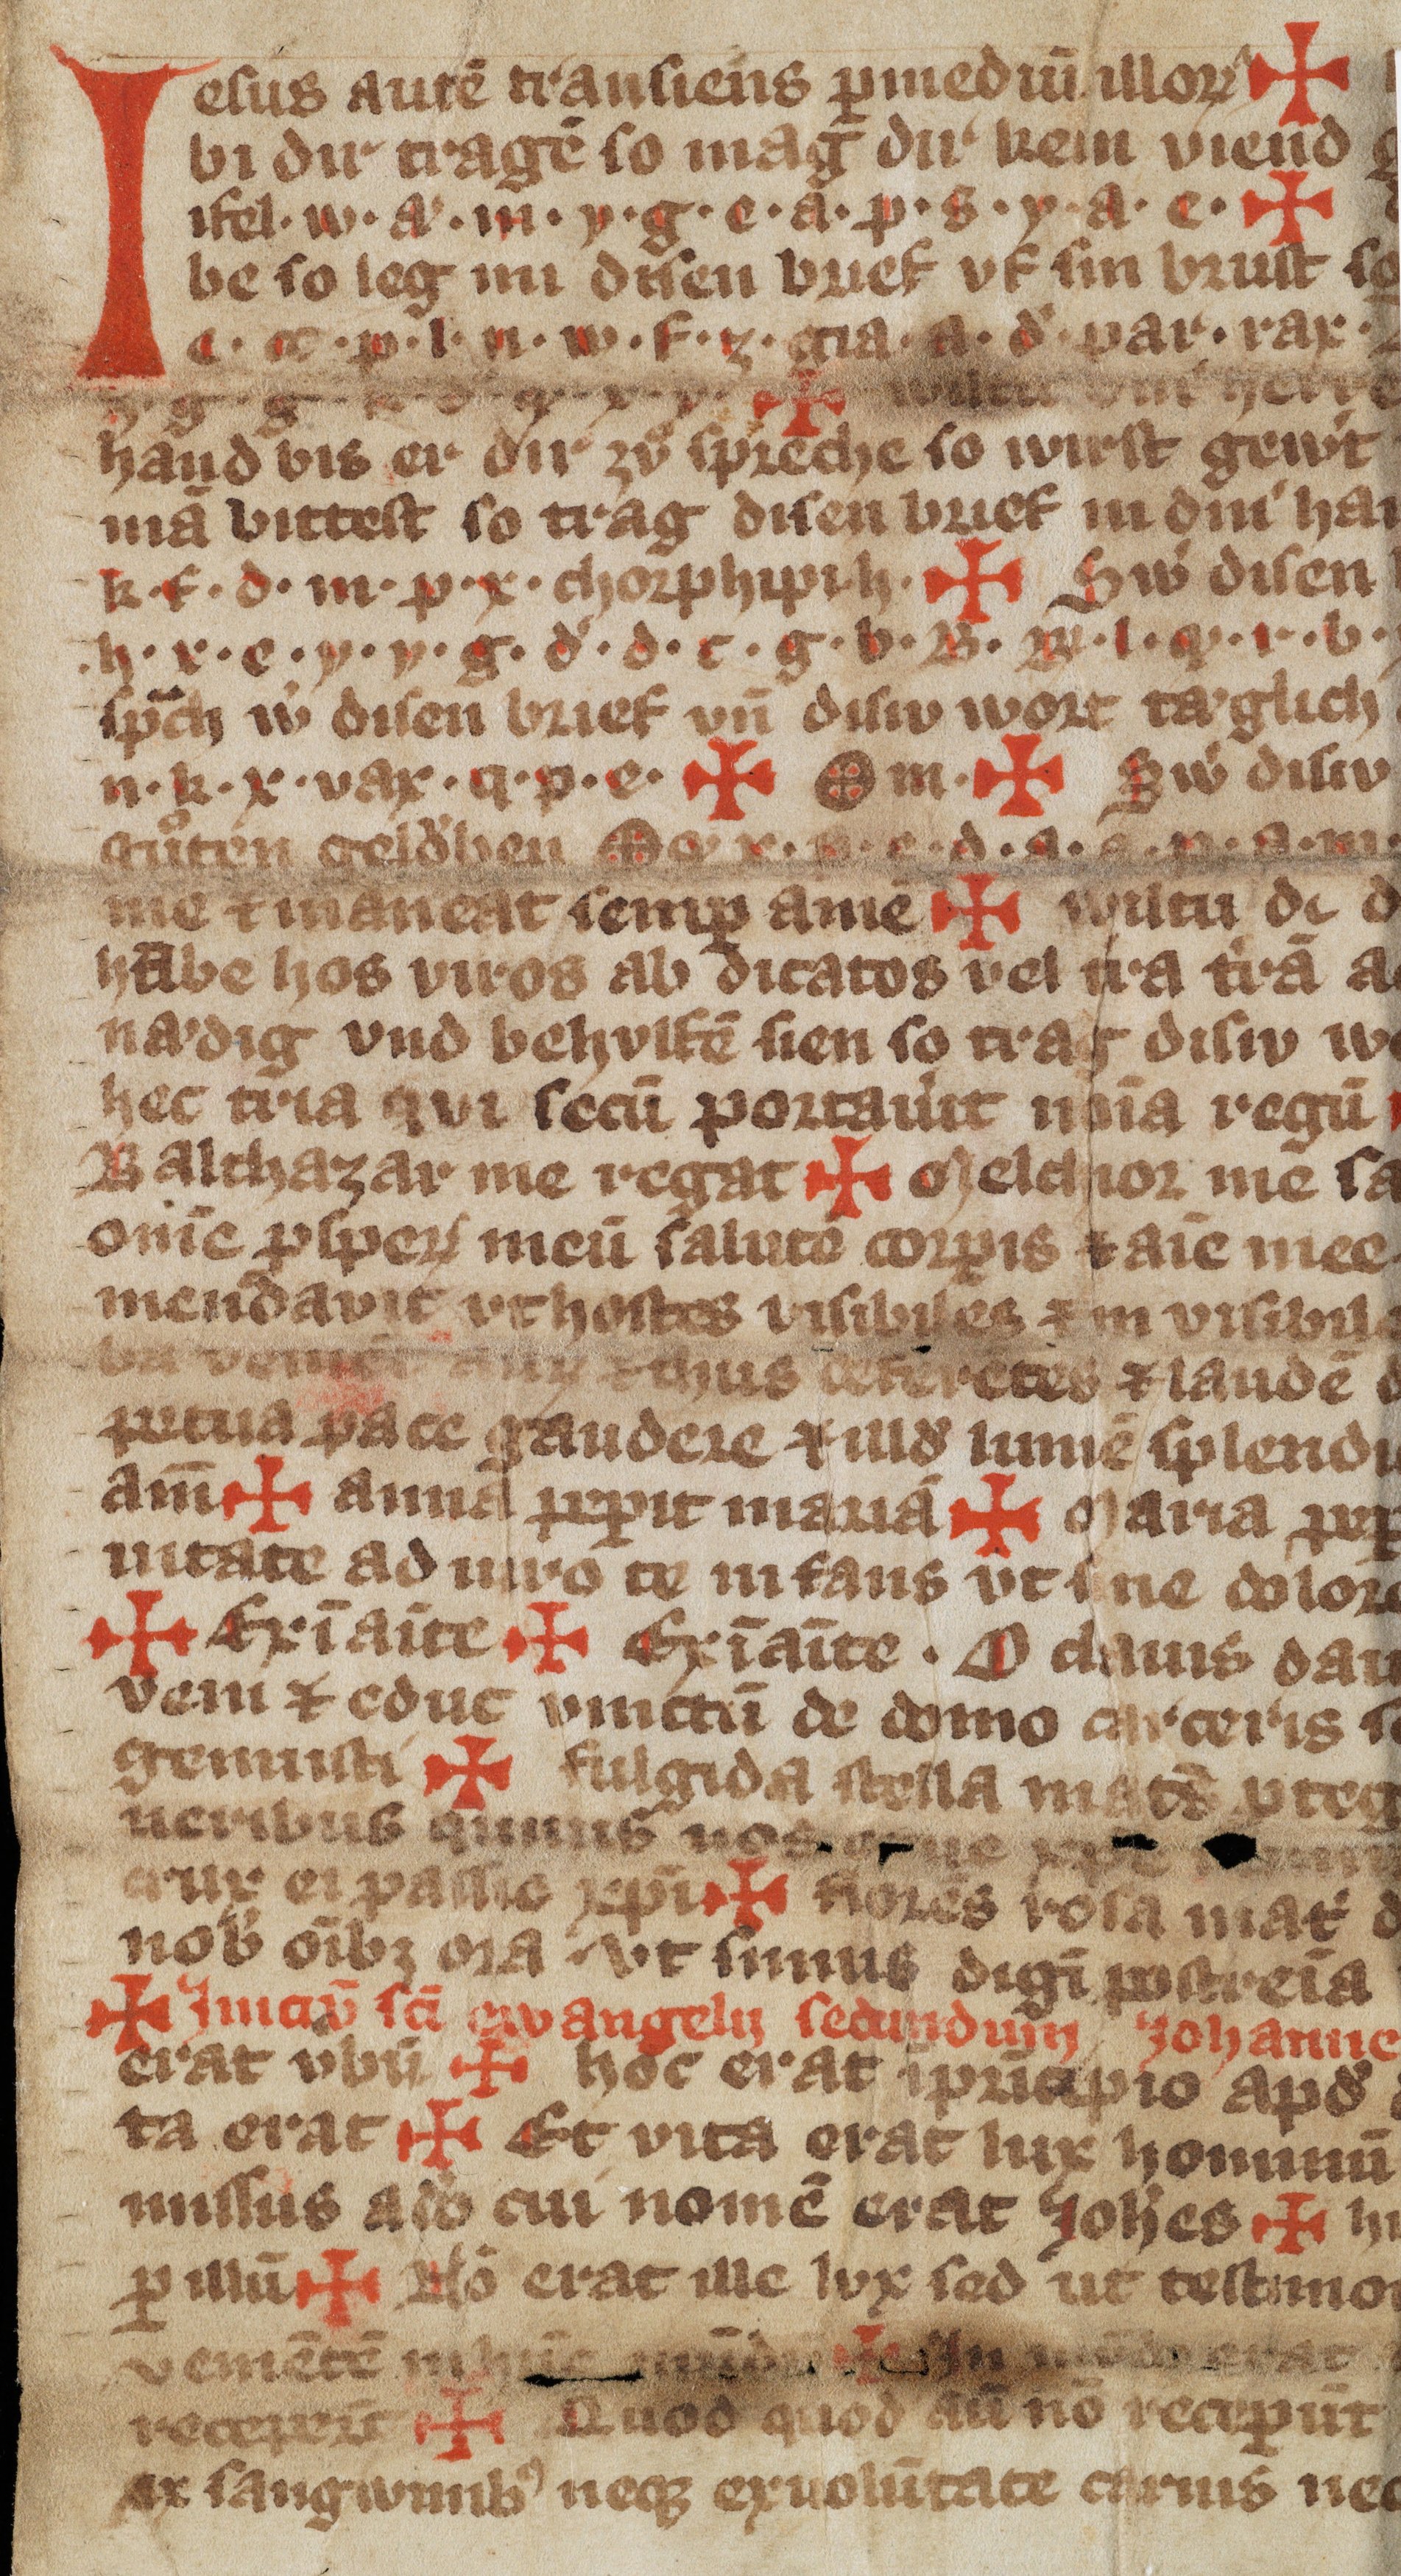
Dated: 1300–1399